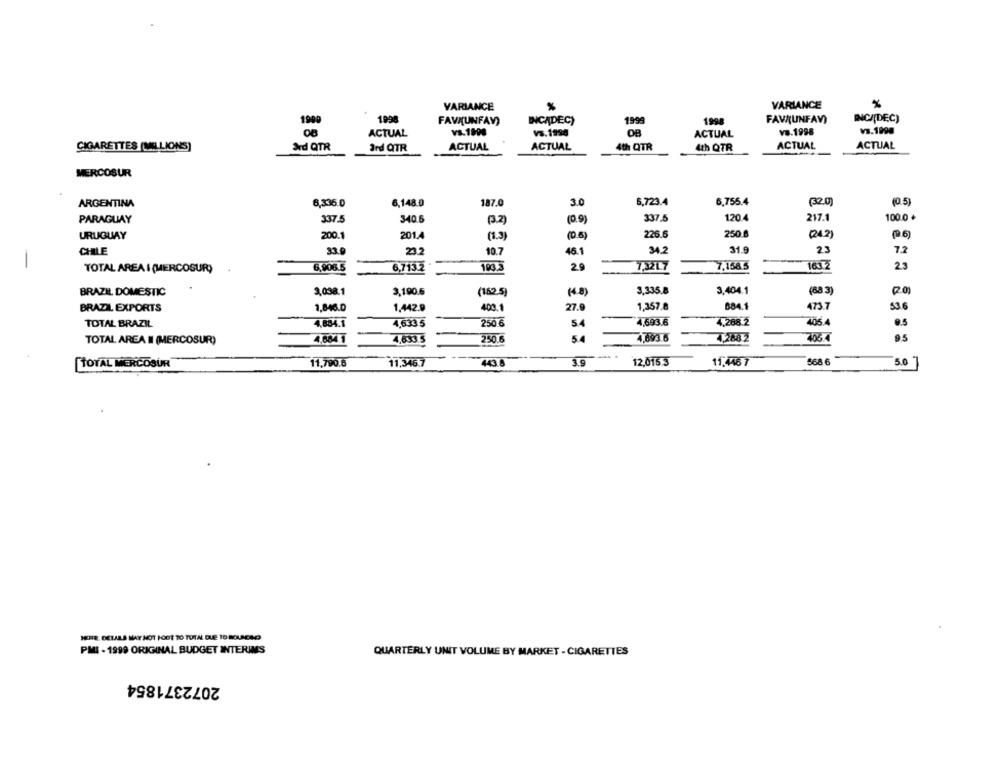
VARIANCE
VARIANCE
%
1990
1998
FAVI(UNFAV)
INCADEC)
1999
1998
FAV(UNFAV)
INCADEC)
va.1998
ACTUAL
vs.1890
Vs.1998
OB
ACTUAL
CIGARETTES (MILLIONS)
ACTUAL
4th QTR
ACTUAL
ACTUAL
Ad QTR
Ird QTR
ACTUAL
4th QTR
MERCOSUR
ARGENTINA
6,336.0
6,148.0
187.0
30
6,723.4
6,755.4
(32.0)
(0.5)
PARAGUAY
337.5
340.6
(3.2)
(0.9)
337.5
120.4
217.1
100.0 +
URUGUAY
200.1
201.4
(1.3)
(06)
226.6
250
(24.2)
CHILE
33.0
23.2
10.7
46.1
34.2
31.9
23
7.2
TOTAL AREA I (MERCOSUR)
6,906.5
6,713.2
183.3
2.5
7,32L7
7,158 5
1637
2.3
-
BRAZIL DOMESTIC
3.098.1
3,190.6
(182.5)
(4.8)
3,335.8
3.404.1
(68 3)
BRAZIL EXPORTS
2,846.0
1,442.9
400.
1,357.8
684.1
473.7
53.6
27.
TOTAL BRAZIL
4,5335
250 6
4,693.6
4,288.2
406.4
.. 5
4,884.1
54
4.893.6
4,288 2
706 7
9.5
TOTAL AREA I (MERCOSUR)
4,684.1
250.6
54
TOTAL MERCOSUR
11,790.6
11,346.7
43.8
3.5
12,015.3
11.446 7
568 6
5.0
HOTE. DETALLS MAY NOT FOOT TO TUTAL DUE TO RELACAO
PMI - 1999 ORIGINAL BUDGET INTERIMS
QUARTERLY UNIT VOLUME BY MARKET - CIGARETTES
2072371854